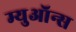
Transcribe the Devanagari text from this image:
म्युऑन्स